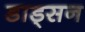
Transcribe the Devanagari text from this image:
डाड्सन